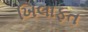
ખિલાફત